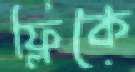
ফ্লিকে